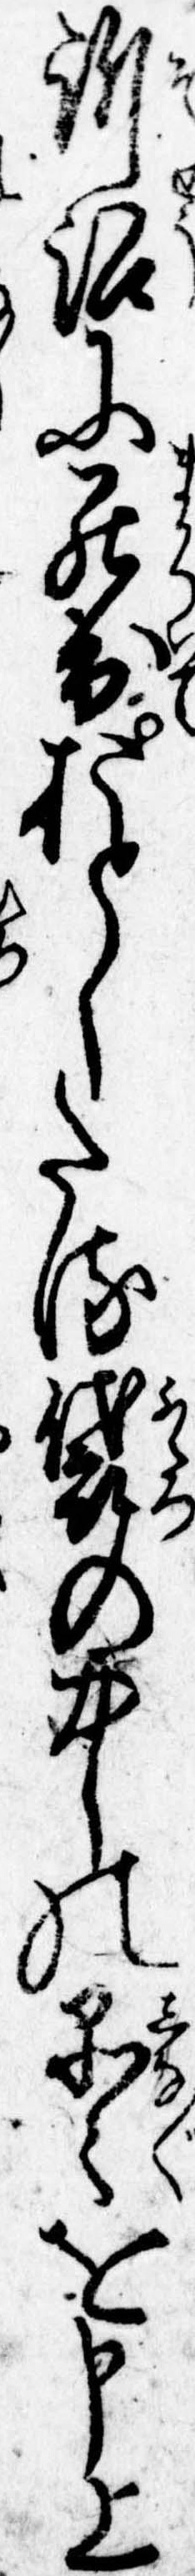
訴訟に罷出おとしたる袋の中の品々を申上